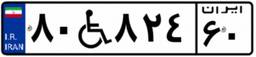
۸۰W۸۲۴۶۰